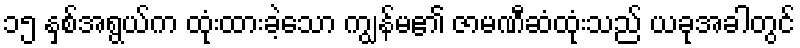
၁၅ နှစ်အရွယ်က ထုံးထားခဲ့သော ကျွန်မ၏ ဇာမဏီဆံထုံးသည် ယခုအခါတွင်